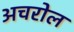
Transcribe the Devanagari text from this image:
अचरोल